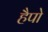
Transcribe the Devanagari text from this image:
हैपो